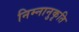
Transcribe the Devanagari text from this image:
निम्नानुकृति